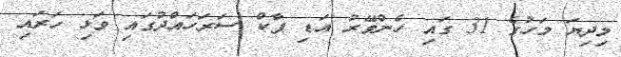
މިދިޔަ މަހުގެ 31 ގައި ހެންވޭރު އަޑި ޕާކް ސަރަހައްދުގައި ވަޅި ހަރައި